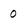
Character: 0